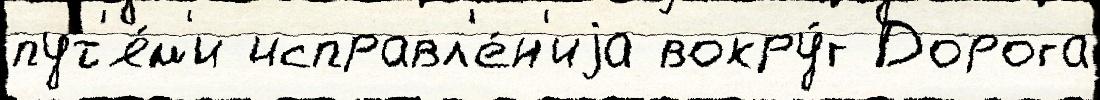
пут'я́м'и исправл'е́н'иjа вокру́г Дорога